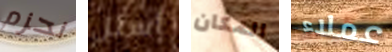
نحزم أسئل المكان عملاء